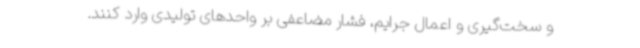
و سخت‌گیری و اعمال جرایم، فشار مضاعفی بر واحدهای تولیدی وارد کنند.